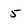
Character: 5